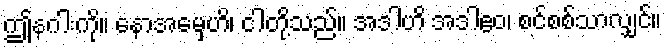
ဤနဂါးကို။ နောအမှေဟိ၊ ငါတို့သည်။ အဒါဟိ အဒါဧဝ၊ စင်စစ်သာလျှင်။